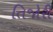
તિજોરી